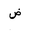
Letter: _dad